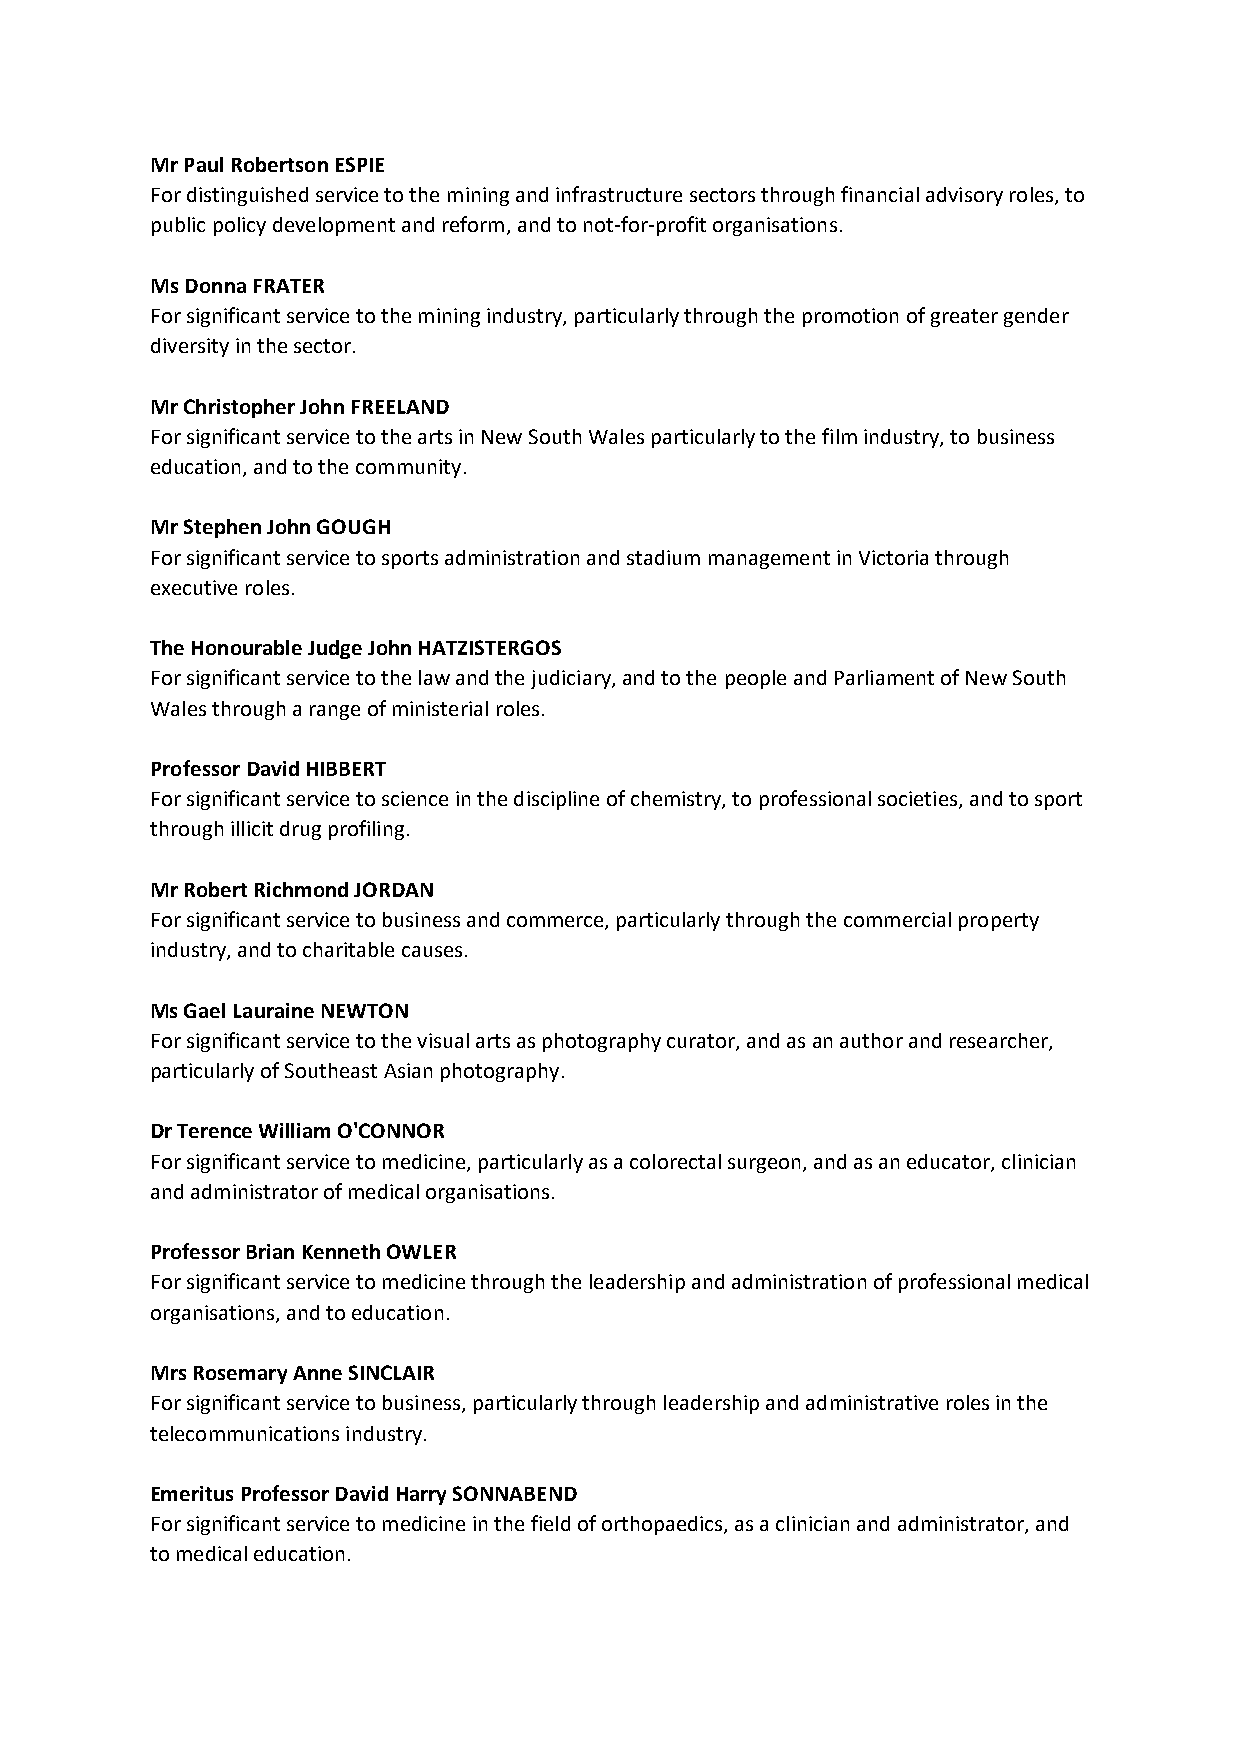
Mr Paul Robertson ESPIE
 For distinguished service to the mining and infrastructure sectors through financial advisory roles, to
 public policy development and reform, and to not-for-profit organisations.
 Ms Donna FRATER
 For significant service to the mining industry, particularly through the promotion of greater gender
 diversity in the sector.
 Mr Christopher John FREELAND
 For significant service to the arts in New South Wales particularly to the film industry, to business
 education, and to the community.
 Mr Stephen John GOUGH
 For significant service to sports administration and stadium management in Victoria through
 executive roles.
 The Honourable Judge John HATZISTERGOS
 For significant service to the law and the judiciary, and to the people and Parliament of New South
 Wales through a range of ministerial roles.
 Professor David HIBBERT
 For significant service to science in the discipline of chemistry, to professional societies, and to sport
 through illicit drug profiling.
 Mr Robert Richmond JORDAN
 For significant service to business and commerce, particularly through the commercial property
 industry, and to charitable causes.
 Ms Gael Lauraine NEWTON
 For significant service to the visual arts as photography curator, and as an author and researcher,
 particularly of Southeast Asian photography.
 Dr Terence William O'CONNOR
 For significant service to medicine, particularly as a colorectal surgeon, and as an educator, clinician
 and administrator of medical organisations.
 Professor Brian Kenneth OWLER
 For significant service to medicine through the leadership and administration of professional medical
 organisations, and to education.
 Mrs Rosemary Anne SINCLAIR
 For significant service to business, particularly through leadership and administrative roles in the
 telecommunications industry.
 Emeritus Professor David Harry SONNABEND
 For significant service to medicine in the field of orthopaedics, as a clinician and administrator, and
 to medical education.